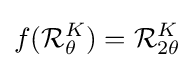
f({\mathcal {R}}_{\theta }^{K})={\mathcal {R}}_{2\theta }^{K}